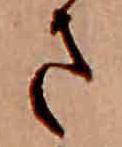
さ